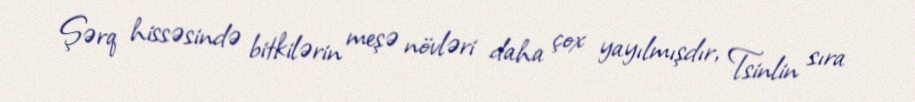
Şərq hissəsində bitkilərin meşə növləri daha çox yayılmışdır, Tsinlin sıra